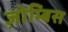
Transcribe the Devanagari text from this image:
ज़ोम्बिस